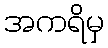
အကရိမှ